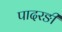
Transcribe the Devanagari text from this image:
पादरङी